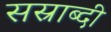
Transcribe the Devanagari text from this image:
सस्राब्दी